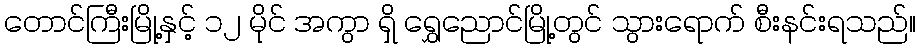
တောင်ကြီးမြို့နှင့် ၁၂ မိုင် အကွာ ရှိ ရွှေညောင်မြို့တွင် သွားရောက် စီးနင်းရသည်။